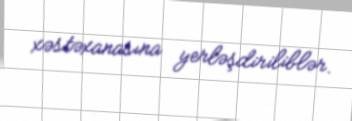
xəstəxanasına yerləşdiriliblər.